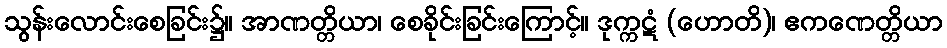
သွန်းလောင်းစေခြင်း၌။ အာဏတ္တိယာ၊ စေခိုင်းခြင်းကြောင့်။ ဒုက္ကဋံ (ဟောတိ)၊ ဧကဏေတ္တိယာ